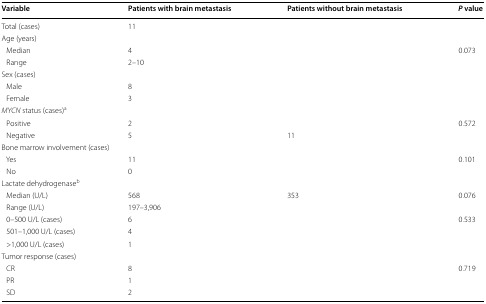
<table><thead><tr><td><b>Variable</b></td><td><b>Patients with brain metastasis</b></td><td><b>Patients without brain metastasis</b></td><td><b><i>P</i> value</b></td></tr></thead><tbody><tr><td>Total (cases)</td><td>11</td><td>[EMPTY_CELL]</td><td>[EMPTY_CELL]</td></tr><tr><td colspan="4">Age (years)</td></tr><tr><td> Median</td><td>4</td><td>[EMPTY_CELL]</td><td rowspan="2">0.073</td></tr><tr><td> Range</td><td>2–10</td><td>[EMPTY_CELL]</td></tr><tr><td colspan="4">Sex (cases)</td></tr><tr><td> Male</td><td>8</td><td>[EMPTY_CELL]</td><td rowspan="2">[EMPTY_CELL]</td></tr><tr><td> Female</td><td>3</td><td>[EMPTY_CELL]</td></tr><tr><td colspan="4"><i>MYCN</i> status (cases)<sup>a</sup></td></tr><tr><td> Positive</td><td>2</td><td>[EMPTY_CELL]</td><td rowspan="2">0.572</td></tr><tr><td> Negative</td><td>5</td><td>11</td></tr><tr><td colspan="4">Bone marrow involvement (cases)</td></tr><tr><td> Yes</td><td>11</td><td>[EMPTY_CELL]</td><td rowspan="2">0.101</td></tr><tr><td> No</td><td>0</td><td>[EMPTY_CELL]</td></tr><tr><td colspan="4">Lactate dehydrogenase<sup>b</sup></td></tr><tr><td> Median (U/L)</td><td>568</td><td>353</td><td>0.076</td></tr><tr><td> Range (U/L)</td><td>197–3,906</td><td>[EMPTY_CELL]</td><td>[EMPTY_CELL]</td></tr><tr><td> 0–500 U/L (cases)</td><td>6</td><td>[EMPTY_CELL]</td><td>0.533</td></tr><tr><td> 501–1,000 U/L (cases)</td><td>4</td><td>[EMPTY_CELL]</td><td>[EMPTY_CELL]</td></tr><tr><td> &gt;1,000 U/L (cases)</td><td>1</td><td>[EMPTY_CELL]</td><td>[EMPTY_CELL]</td></tr><tr><td colspan="4">Tumor response (cases)</td></tr><tr><td> CR</td><td>8</td><td>[EMPTY_CELL]</td><td rowspan="3">0.719</td></tr><tr><td> PR</td><td>1</td><td>[EMPTY_CELL]</td></tr><tr><td> SD</td><td>2</td><td>[EMPTY_CELL]</td></tr></tbody></table>